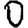
Digit: 0